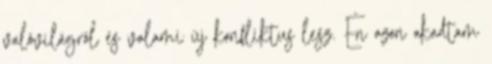
valóvilágról és valami új konfliktus lesz. Én azon akadtam